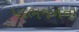
પદભજનના